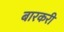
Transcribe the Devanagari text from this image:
बारकरी